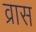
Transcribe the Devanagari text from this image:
व्रास